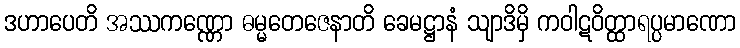
ဒဟာပေတိ အဿကဏ္ဏော ဓမ္မတေဇေနာတိ ခေမဋ္ဌာနံ သျာဒိမှိ ကဝါဋဝိတ္ထာရပ္ပမာဏော